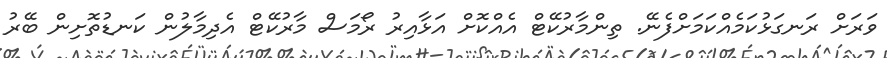
ވަރަށް ރަނގަޅުކަމެއްކަމަށްފެނޭ. ތިންމާރުކޭޓް އެއްކޮށް އަޅާއިރު ރޯމަސް މާރުކޭޓް އެދިމާލުން ކަނޑުތޮށިން ބޭރު